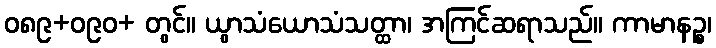
ဝ၈၉+ဝ၉၀+ တွင်။ ယွာသံယောသံသတ္ထာ၊ အကြင်ဆရာသည်။ ကာမာနဉ္စ၊